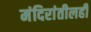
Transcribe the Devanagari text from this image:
मंदिरांतीलही